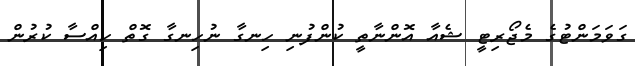
ގަވަމަންޓުގެ މެޖޯރިޓީ ޝެއާ އޮންނާތީ ކުންފުނި ހިނގާ ނުހިނގާ ގޮތް ހިއްސާ ކުރުން